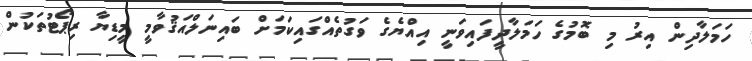
ހަމަލާދިން އިރު މި ބޮމުގެ ހަމަލާދީފައިވަނީ އިއްޔެގެ ވަގުތެއްގައިކަމަށް ބައިނަލްއަޤުވާމީ މީޑިޔާ ރިޕޯޓުތަކުން